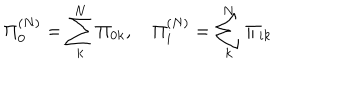
\Pi _ { 0 } ^ { ( N ) } = \sum _ { k } ^ { N } \Pi _ { 0 k } , ~ \Pi _ { i } ^ { ( N ) } = \sum _ { k } ^ { N } \Pi _ { i k }